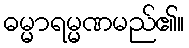
ဓမ္မာရမ္မဏမည်၏။